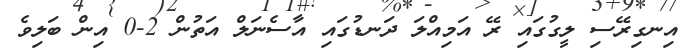
އިނގިރޭސި ލީގުގައި ރޭ އަމިއްލަ ދަނޑުގައި އާސެނަލް އަތުން 2-0 އިން ބަލިވެ